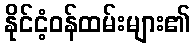
နိုင်ငံ့ဝန်ထမ်းများ၏